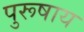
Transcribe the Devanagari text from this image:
पुरूषाय